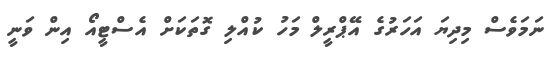
ނަމަވެސް މިދިޔަ އަހަރުގެ އޭޕްރީލް މަހު ކުއްލި ގޮތަކަށް އެސްޓީއޯ އިން ވަނީ